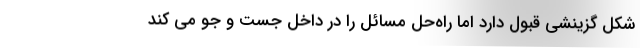
شکل گزینشی قبول دارد اما راه‌حل مسائل را در داخل جست و جو می کند